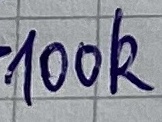
Text: 100k